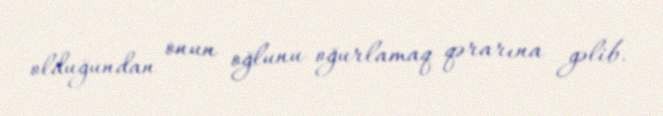
olduğundan onun oğlunu oğurlamaq qərarına gəlib.